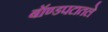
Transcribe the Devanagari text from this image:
बॉण्डपटातले